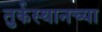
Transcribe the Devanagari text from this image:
तुर्कस्थानच्या